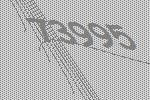
73995